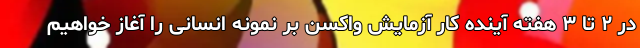
در ۲ تا ۳ هفته آینده کار آزمایش واکسن بر نمونه انسانی را آغاز خواهیم